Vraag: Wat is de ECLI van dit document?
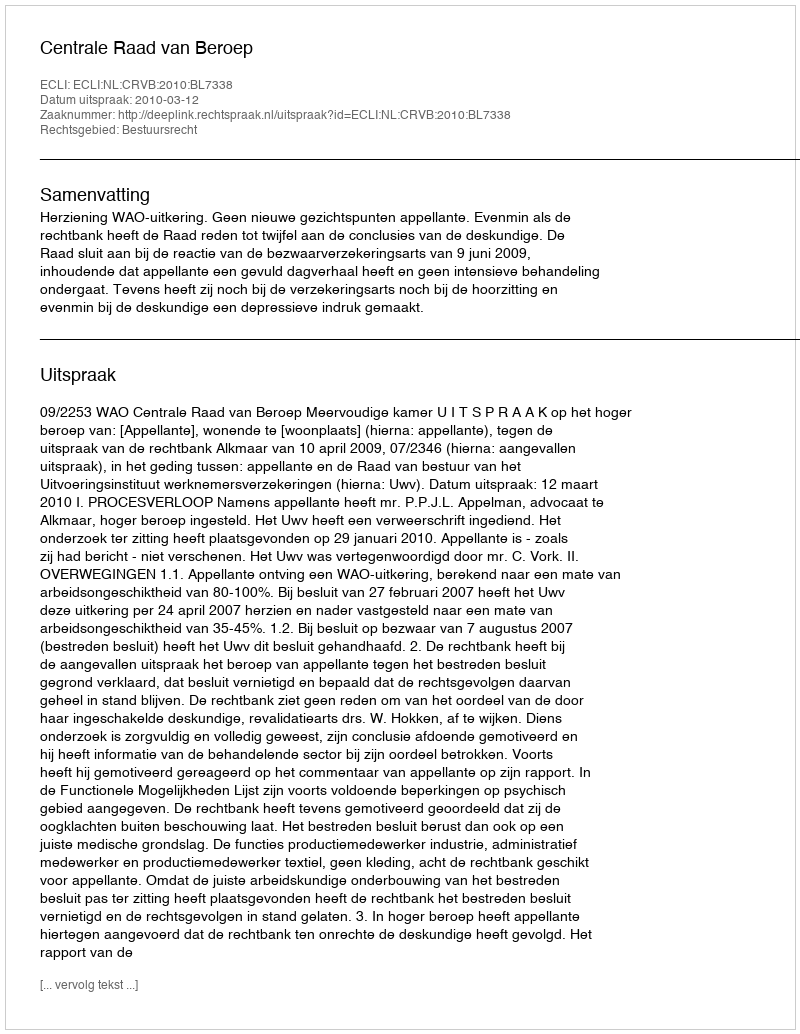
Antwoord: ECLI:NL:CRVB:2010:BL7338